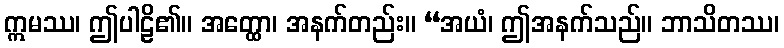
ဣမဿ၊ ဤပါဠိ၏။ အတ္ထော၊ အနက်တည်း။ “အယံ၊ ဤအနက်သည်။ ဘာသိတဿ၊